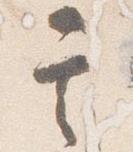
其